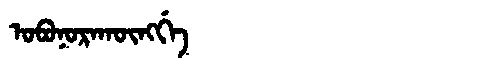
Manchu: ᠣᠪᠣᠨᠣᡵᠠᡴᡡᠩᡤᡝ
Romanization: OBONORAKŪNGGE